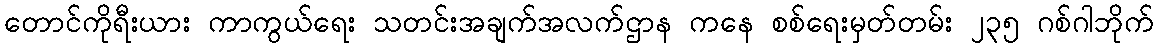
တောင်ကိုရီးယား ကာကွယ်ရေး သတင်းအချက်အလက်ဌာန ကနေ စစ်ရေးမှတ်တမ်း ၂၃၅ ဂစ်ဂါဘိုက်